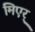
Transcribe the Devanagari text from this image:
मिएर्